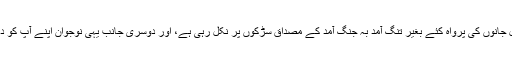
اب ایک طرف نوجوان نسل جانوں کی پرواہ کئے بغیر تنگ آمد بہ جنگ آمد کے مصداق سڑکوں پر نکل رہی ہے، اور دوسری جانب یہی نوجوان اپنے آپ کو دائروں میں بند پارہے ہیں ۔